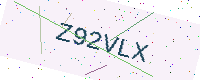
Text: Z92VLX